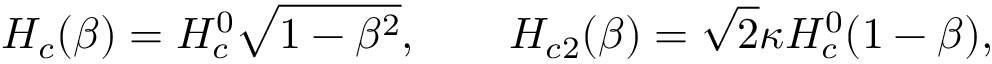
H _ { c } ( \beta ) = H _ { c } ^ { 0 } \sqrt { 1 - \beta ^ { 2 } } , \qquad H _ { c 2 } ( \beta ) = \sqrt { 2 } \kappa H _ { c } ^ { 0 } ( 1 - \beta ) ,